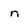
Character: n